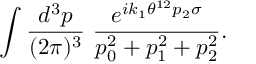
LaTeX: \int \frac { d ^ { 3 } p } { ( 2 \pi ) ^ { 3 } } ~ \frac { e ^ { i k _ { 1 } \theta ^ { 1 2 } p _ { 2 } \sigma } } { p _ { 0 } ^ { 2 } + p _ { 1 } ^ { 2 } + p _ { 2 } ^ { 2 } } .